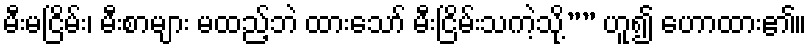
မီးမငြိမ်း၊ မီးစာများ မထည့်ဘဲ ထားသော် မီးငြိမ်းသကဲ့သို့”” ဟူ၍ ဟောထား၏။